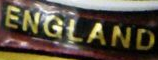
ENGLAND